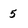
Character: 5